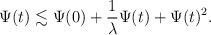
LaTeX: \begin{align*}\Psi(t) \lesssim \Psi(0)+\frac{1}{\lambda}\Psi(t)+\Psi(t)^2.\end{align*}